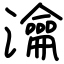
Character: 瀹